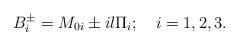
LaTeX: \begin{align*}B_i^{\pm} = M_{0i} \pm i l \Pi_i ; \quad i=1,2,3.\end{align*}